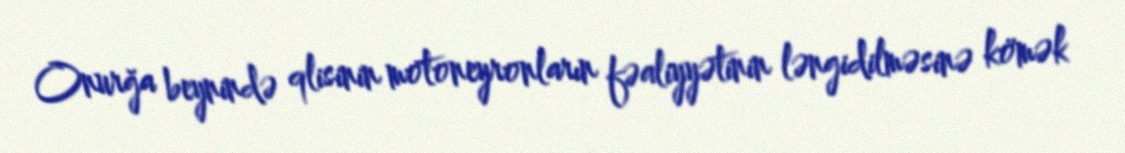
Onurğa beynində qlisinin motoneyronların fəaliyyətinin ləngidilməsinə kömək